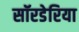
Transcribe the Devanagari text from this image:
सॉरडेरिया